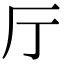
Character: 厅